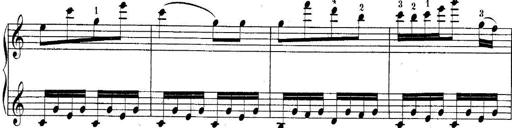
Title: 10 Sonatines progressives
Composer: Anton Schmoll